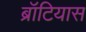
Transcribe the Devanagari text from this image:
ब्रॉटियास